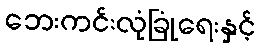
ဘေးကင်းလုံခြုံရေးနှင့်